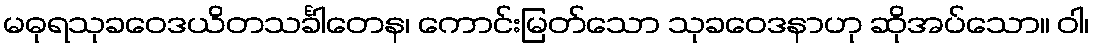
မဓုရသုခဝေဒယိတသင်္ခါတေန၊ ကောင်းမြတ်သော သုခဝေဒနာဟု ဆိုအပ်သော။ ဝါ၊